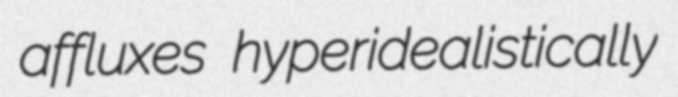
affluxes hyperidealistically